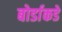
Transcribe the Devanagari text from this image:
बोर्डाकडे